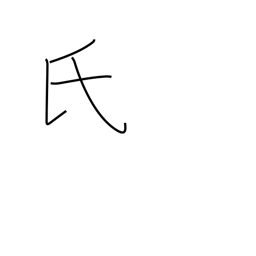
Meaning: surname